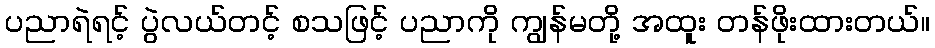
ပညာရဲရင့် ပွဲလယ်တင့် စသဖြင့် ပညာကို ကျွန်မတို့ အထူး တန်ဖိုးထားတယ်။